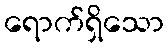
ရောက်ရှိသော